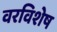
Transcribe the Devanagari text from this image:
वरविशेष